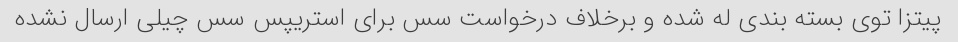
پیتزا توی بسته بندی له شده و برخلاف درخواست سس برای استریپس سس چیلی ارسال نشده